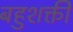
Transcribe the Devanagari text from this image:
बहुशक्ती